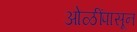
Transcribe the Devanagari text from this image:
ओळींपासून